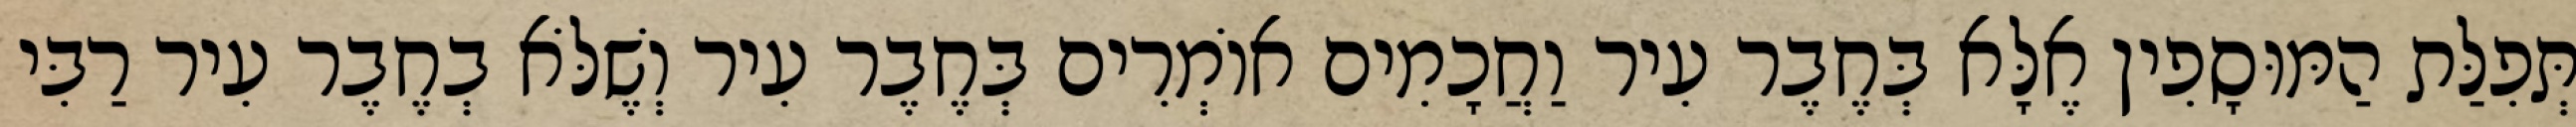
תְּפִלַּת הַמּוּסָפִין אֶלָּא בְּחֶבֶר עִיר וַחֲכָמִים אוֹמְרִים בְּחֶבֶר עִיר וְשֶׁלֹּא בְחֶבֶר עִיר רַבִּי